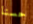
حسنا